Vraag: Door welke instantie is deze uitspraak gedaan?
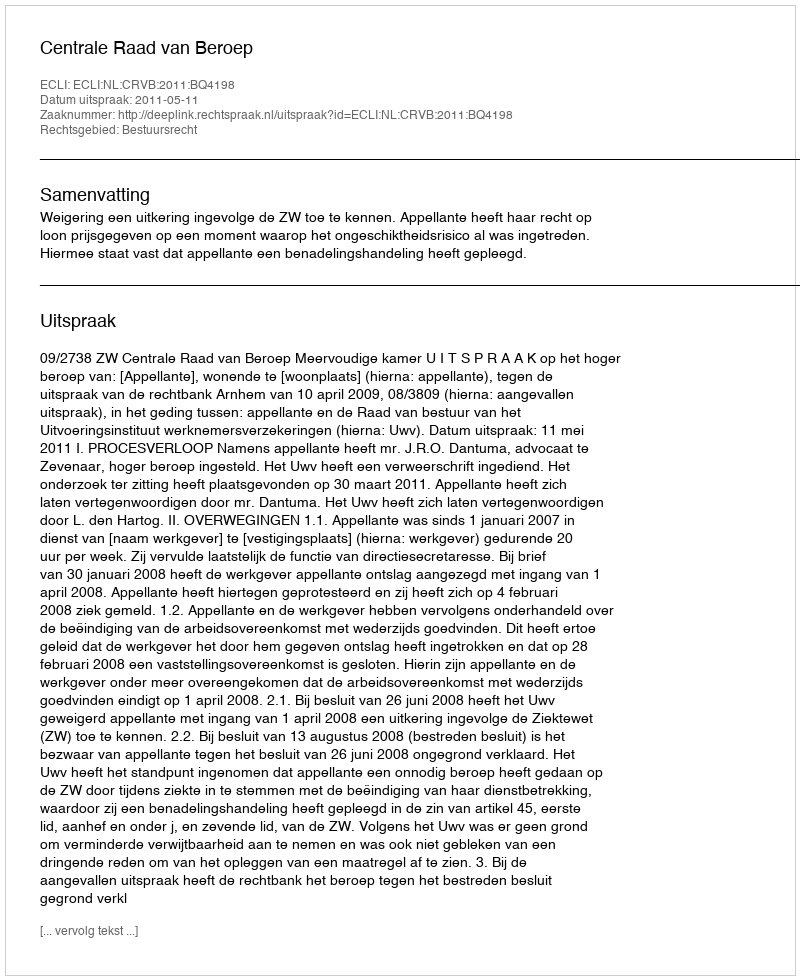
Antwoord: Centrale Raad van Beroep